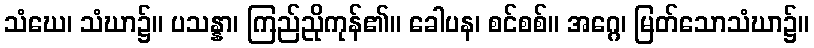
သံဃေ၊ သံဃာ၌။ ပသန္နာ၊ ကြည်ညိုကုန်၏။ ခေါပန၊ စင်စစ်။ အဂ္ဂေ၊ မြတ်သောသံဃာ၌။